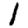
Digit: 1